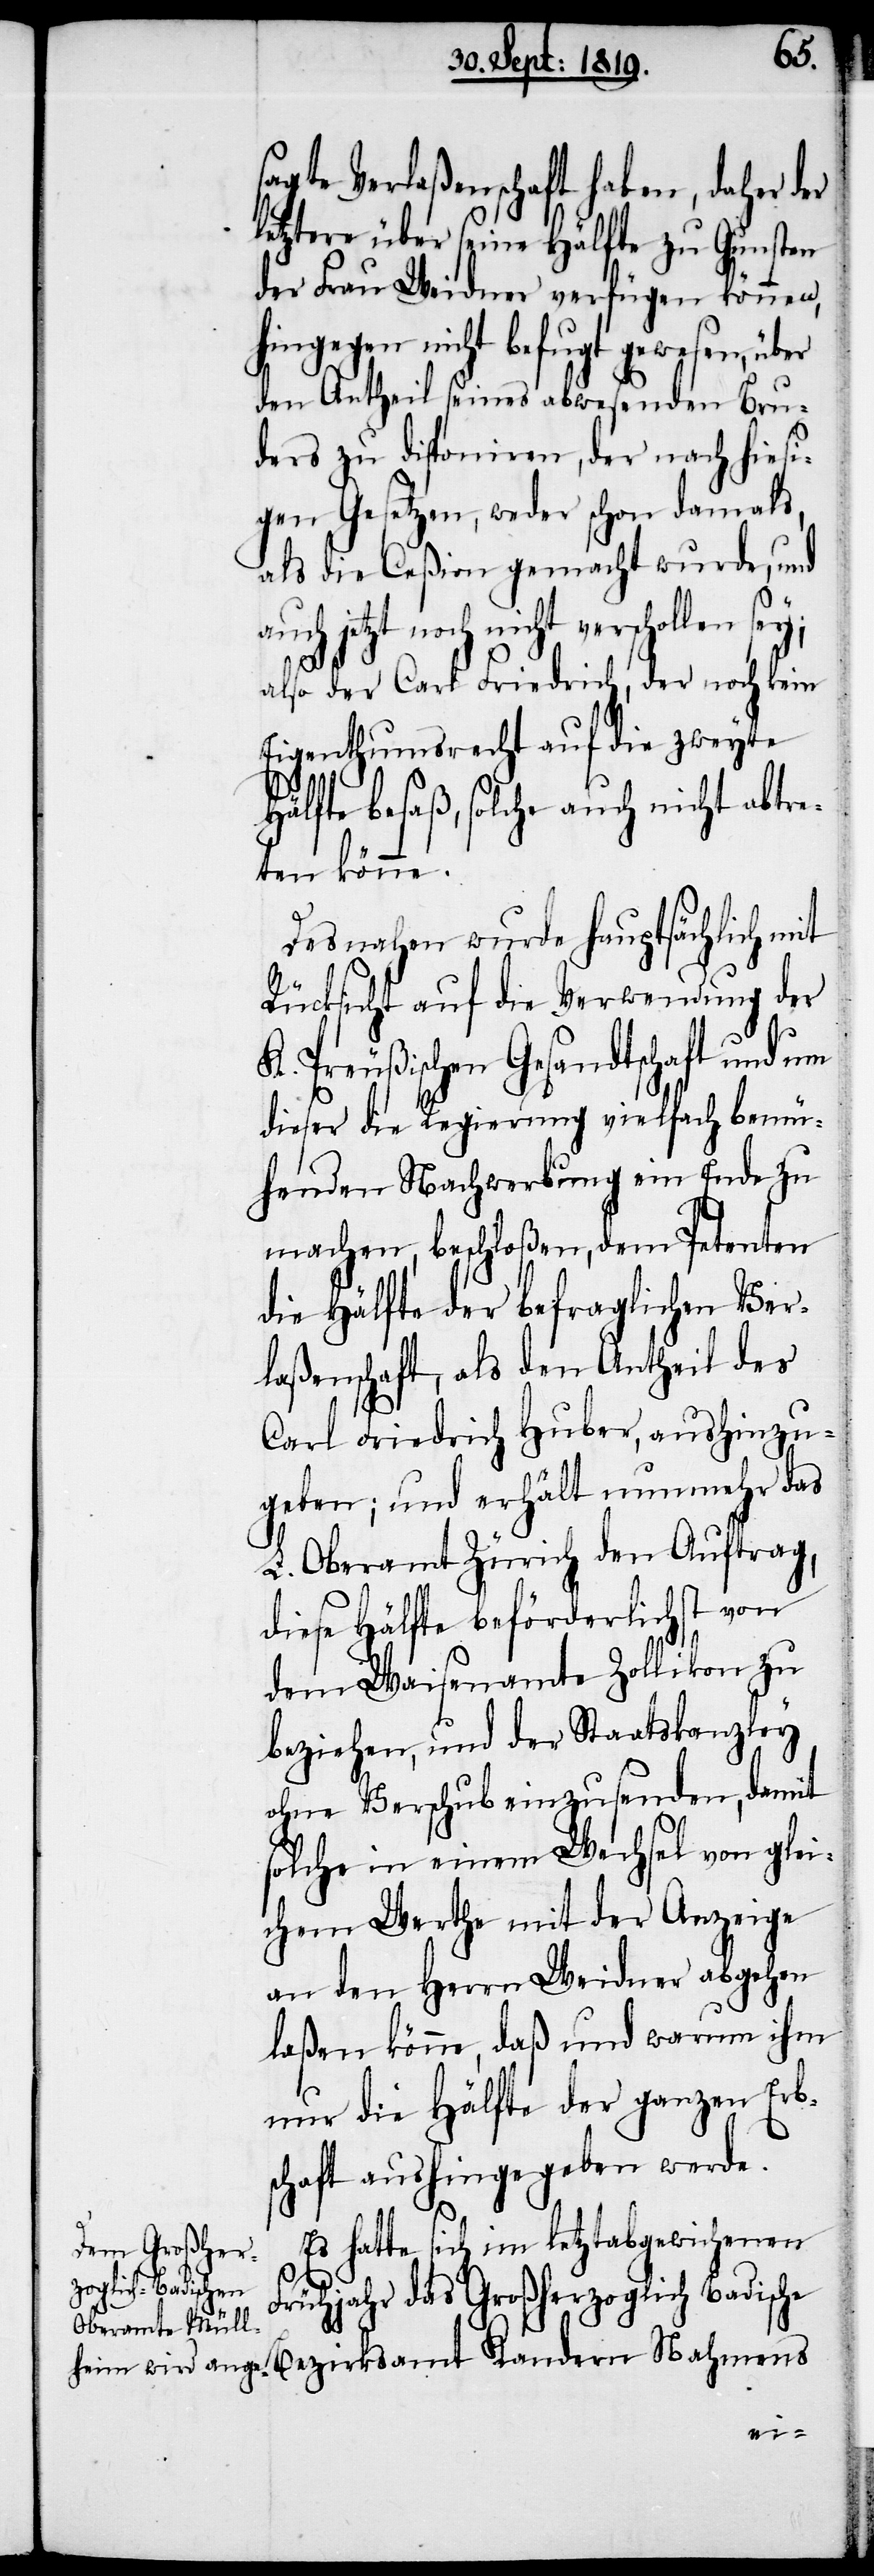
sagte Verlaßenschaft haben, daher der
letztere über seine Hälfte zu Gunsten
der Frau Weidner verfügen können,
hingegen nicht befugt gewesen, über
den Antheil seines abwesenden Bru¬
ders zu disponiren, der nach hiesi¬
gen Gesetzen, weder schon damals,
als die Ceßion gemacht wurde, und
auch jetzt noch nicht verschollen sey;
also der Carl Friedrich, der noch kein
Eigenthumsrecht auf die zweyte
Hälfte besaß, solche auch nicht abtre¬
ten könne.
Desnahen wurde hauptsächlich mit
Rücksicht auf die Verwendung der
K. Preußischen Gesandtschaft und um
dieser die Regierung vielfach bemü¬
henden Nachwerbung ein Ende zu
machen, beschloßen, dem Petenten
die Hälfte der befraglichen Ver¬
laßenschaft, als den Antheil des
Carl Friedrich Huber, aushinzu¬
geben; und erhält nunmehr das
L. Oberamt Zürich den Auftrag,
diese Hälfte beförderlichst von
dem Waisenamte Zollikon zu
beziehen, und der Staatskanzley
ohne Verschub einzusenden, damit
solche in einem Wechsel von glei¬
chem Werthe mit der Anzeige
an den Herrn Weidner abgehen
laßen könne, daß und warum ihm
nur die Hälfte der ganzen Erb¬
schaft aushingegeben werde.
Es hatte sich im letztabgewichenen
Frühjahr das Großherzoglich Badische